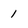
Character: 1